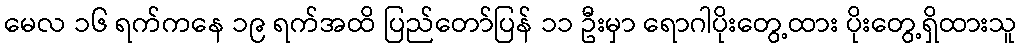
မေလ ၁၆ ရက်ကနေ ၁၉ ရက်အထိ ပြည်တော်ပြန် ၁၁ ဦးမှာ ရောဂါပိုးတွေ့ထား ပိုးတွေ့ရှိထားသူ